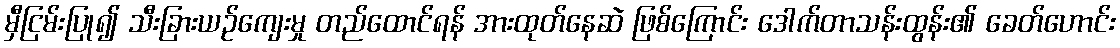
မှီငြမ်းပြု၍ သီးခြားယဉ်ကျေးမှု တည်ထောင်ရန် အားထုတ်နေဆဲ ဖြစ်ကြောင်း ဒေါက်တာသန်းထွန်း၏ ခေတ်ဟောင်း